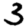
Digit: 3